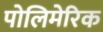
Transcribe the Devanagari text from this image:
पोलिमेरिक